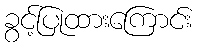
ခွင့်ပြုထားကြောင်း